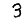
Digit: 3